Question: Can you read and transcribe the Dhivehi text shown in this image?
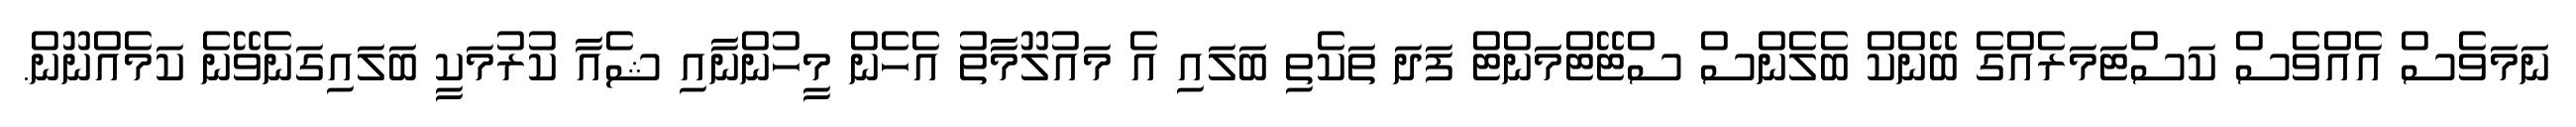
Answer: ނަމަވެސް އެއްވެސް ކަސްޓަމަރެއްގެ ބޭންކް ބެލެންސް ސްޓޭޓްމަންޓް ފަދަ ތަކެތި ބަލައި އެ މައުލޫމާތު އެހެން މީހުންނާއި ޝެއާ ކުރުމަކީ ބަލައިގަނެވޭނެ ކަމެއްނޫން.